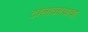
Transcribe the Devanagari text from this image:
टोलावण्याचा